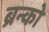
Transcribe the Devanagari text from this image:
ब्रन्को